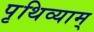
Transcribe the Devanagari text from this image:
पृथिव्याम्